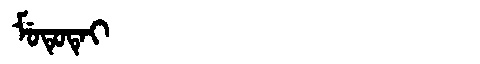
Manchu: ᠮᡠᡨᡠᡨᡝᡳ
Romanization: MUTUTEI